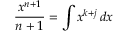
{ \frac { x ^ { n + 1 } } { n + 1 } } = \int x ^ { k + j } \, d x